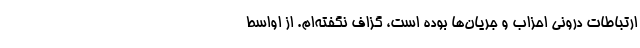
ارتباطات درونی احزاب و جریان‌ها بوده است، گزاف نگفته‌ام. از اواسط